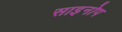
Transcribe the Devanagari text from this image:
साइनोप